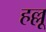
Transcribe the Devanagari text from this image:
हल्लू